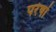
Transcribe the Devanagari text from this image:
परेषां